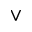
\lor